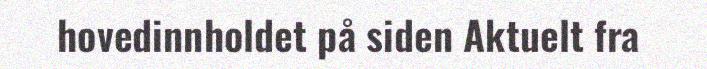
hovedinnholdet på siden Aktuelt fra